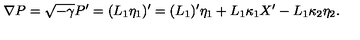
\nabla P = \sqrt { - \gamma } P { } ^ { \prime } = ( L _ { 1 } \eta _ { 1 } ) { } ^ { \prime } = ( L _ { 1 } ) ^ { \prime } \eta _ { 1 } + L _ { 1 } \kappa _ { 1 } X ^ { \prime } - L _ { 1 } \kappa _ { 2 } \eta _ { 2 } .